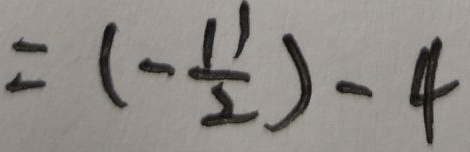
= ( - \frac { 1 1 } { 2 } ) - 4